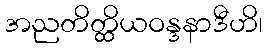
အညတိတ္ထိယဝန္ဒနာဒီဟိ၊